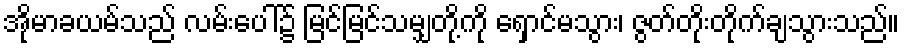
အိုမာခယမ်သည် လမ်းပေါ်၌ မြင်မြင်သမျှတို့ကို ရှောင်မသွား၊ ဇွတ်တိုးတိုက်ချသွားသည်။